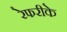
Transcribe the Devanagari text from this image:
रेफरीके